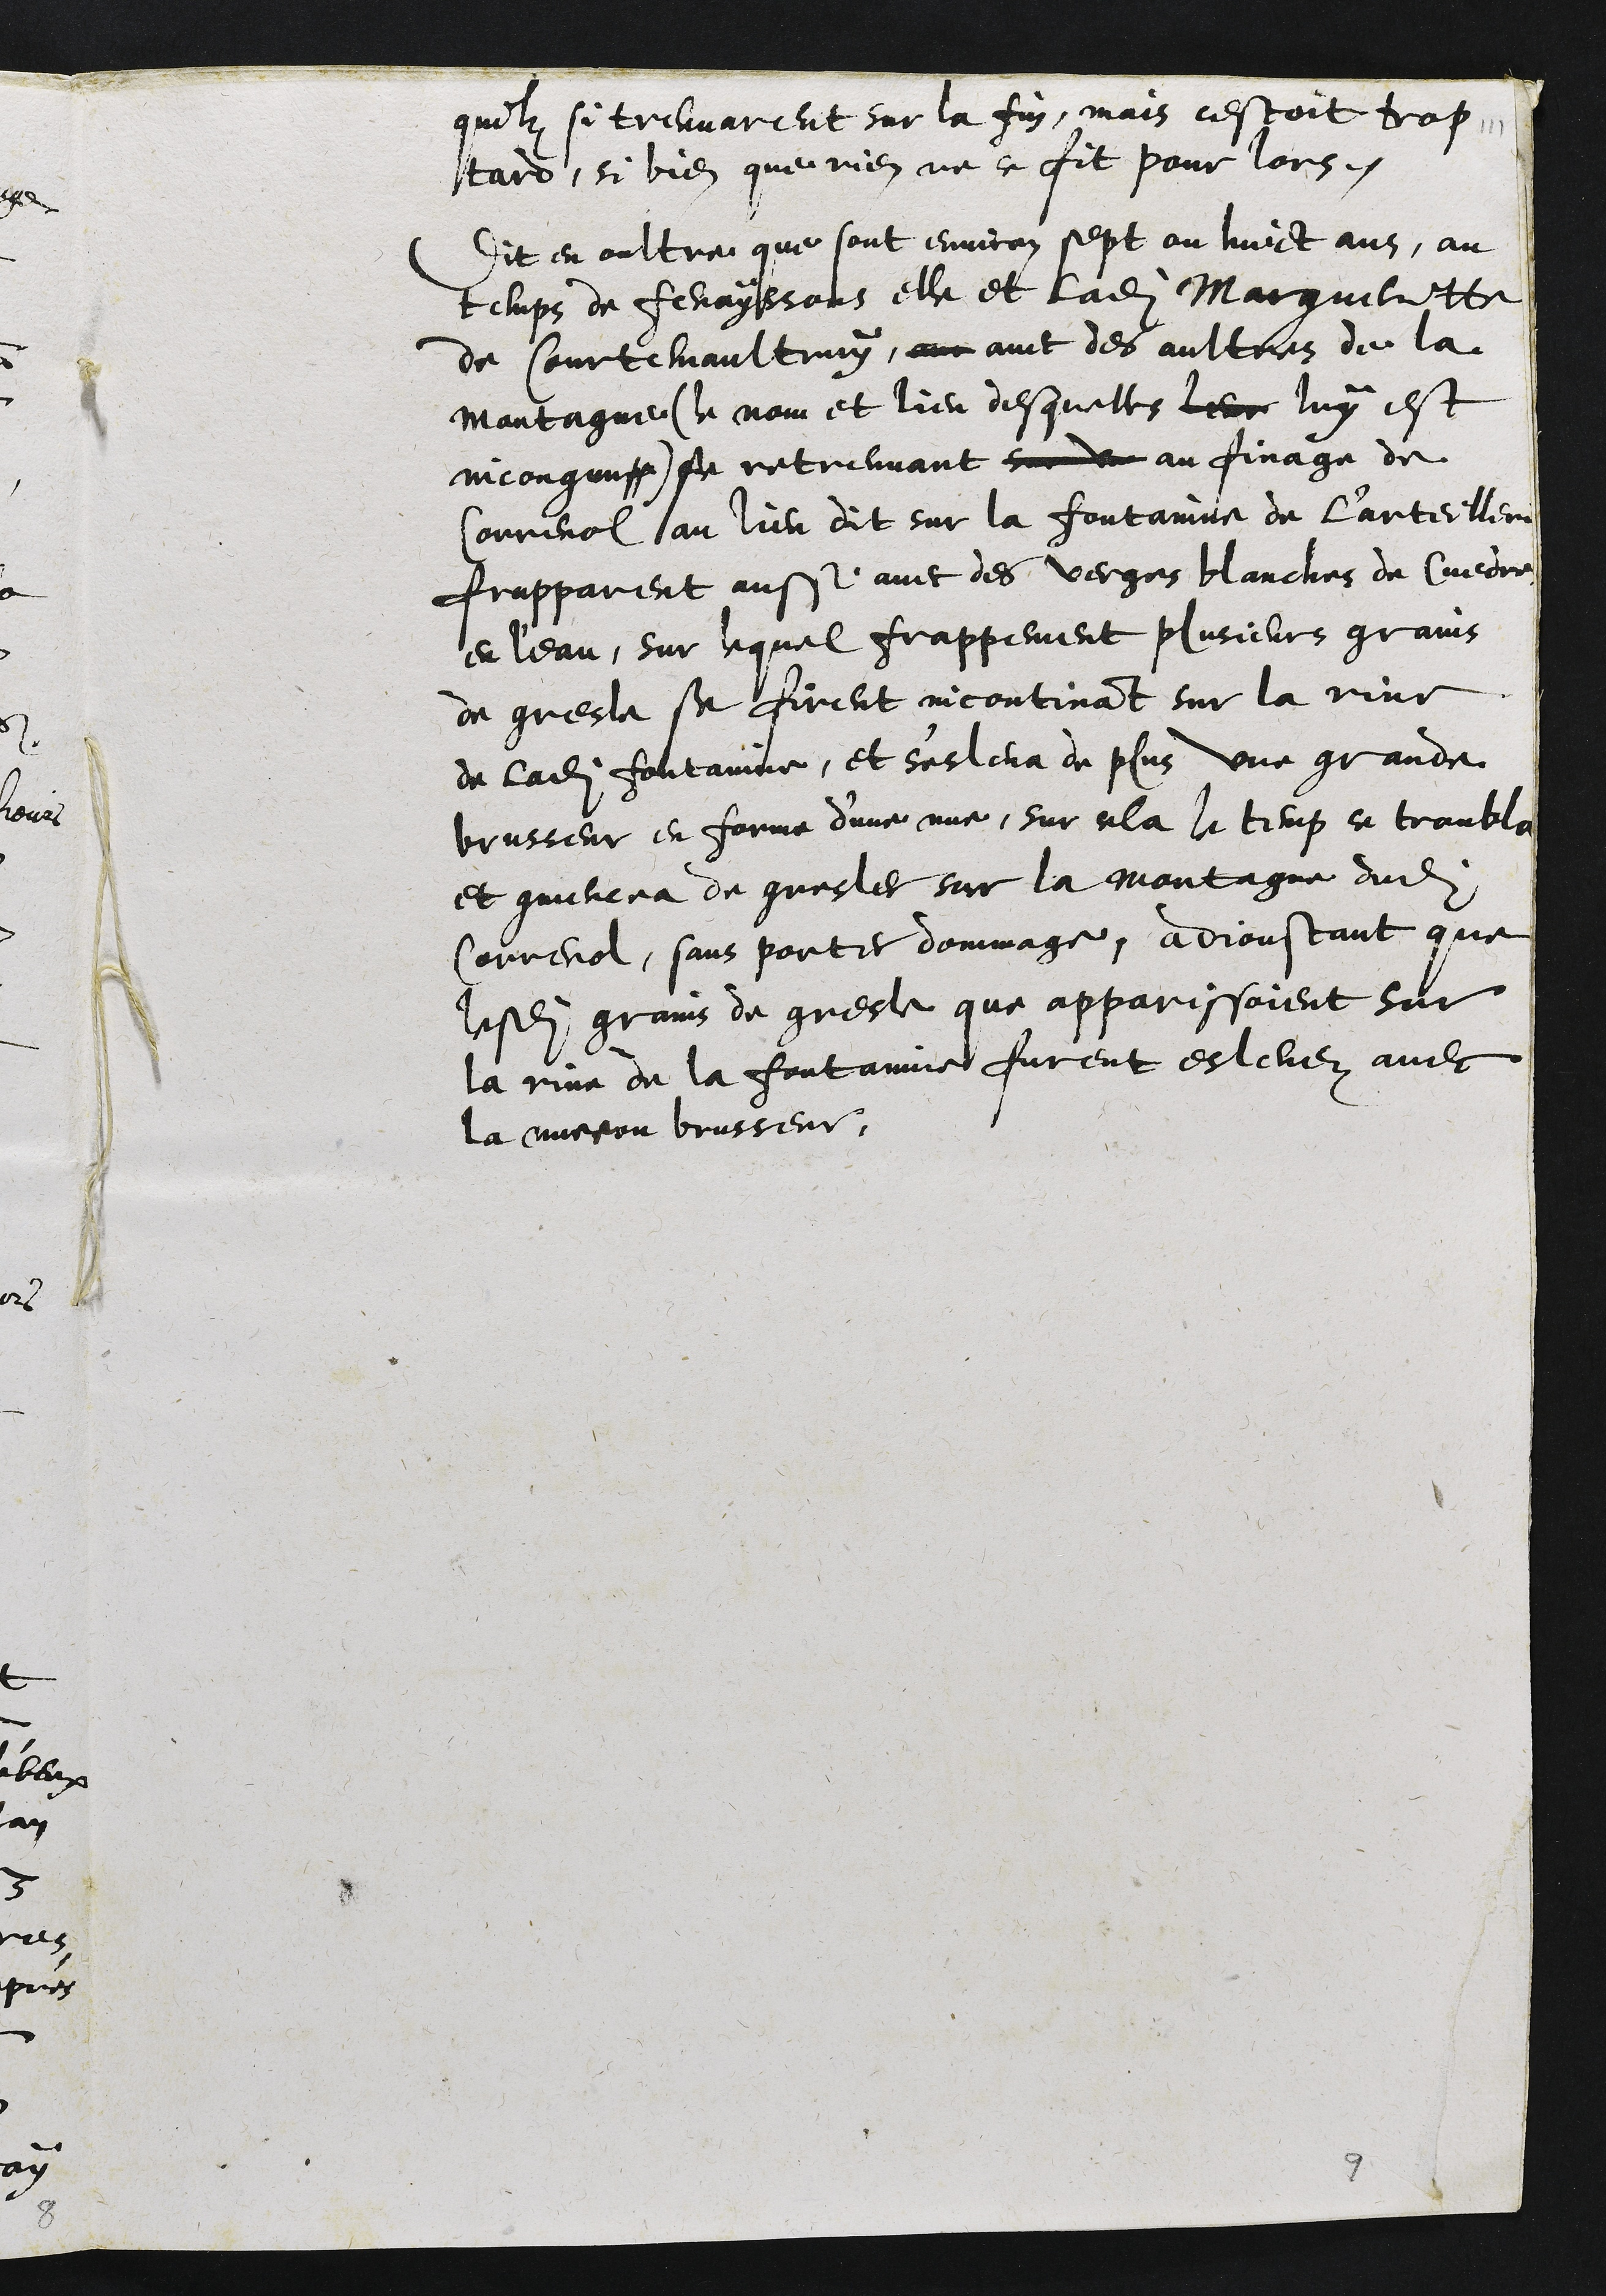
quilz si treuvarent sur la fin, mais cestoit trop
tard, si bien que rien ne ce fit pour lors.
Dit en oultre que sont environ sept ou huict ans, au
temps de fenayssons elle et ladite Margueritte
de Courtemaultruy, am avec des aultres de la
Montagne (le nom et lieu desquelles leur luy est
incongnu) se retreuvant sur un au finage de
Correnol au lieu dit sur la fontainne de l'arteillere
frapparent aussi avec des verges blanches de Cuedre
en l'eau, sur lequel frappement plusieurs grains
de gresle se firent incontinant sur la rive
de ladite fontainne, et s'esleva de plus une grande
brusseur en forme d'une nue, sur cela le temp se troubla
et commencea de gresler sur la montagne dudit
Correnol, sans porter dommage, adjoustant que
lesdits grains de gresle que apparissoient sur
la rive de la fontainne furent eslevez avec
la nuee ou brusseur,

9